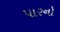
પારનો